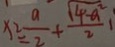
x ^ { 2 } = \frac { a } { 2 } + \frac { \sqrt { 4 - a ^ { 2 } } } { 2 } 1